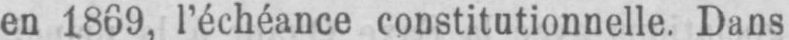
en 1869, l’échéance constitutionnelle. Dans